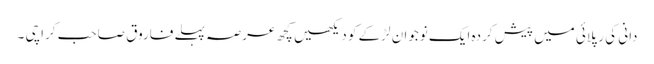
دانی کی رپلائی میں پیش کردہ ایک نوجوان لڑکے کو دیکھیں کچھ عرصہ پہلے فاروق صاحب کراچی ۔